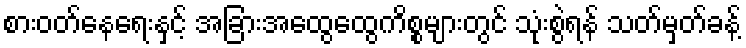
စားဝတ်နေရေးနှင့် အခြားအထွေထွေကိစ္စများတွင် သုံးစွဲရန် သတ်မှတ်ခန့်